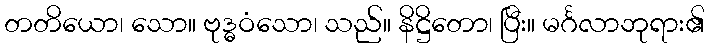
တတိယော၊ သော။ ဗုဒ္ဓဝံသော၊ သည်။ နိဋ္ဌိတော၊ ပြီး။ မင်္ဂလာဘုရား၏